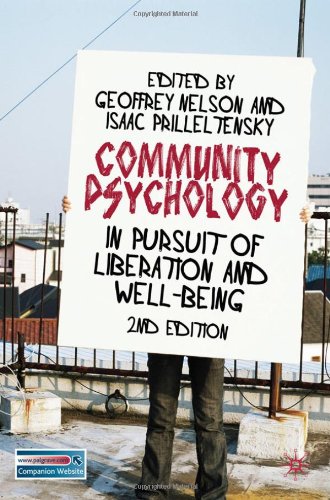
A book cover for Community Psychology: In Pursuit of Liberation and Well-being; Geoffrey Nelson; Medical Books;